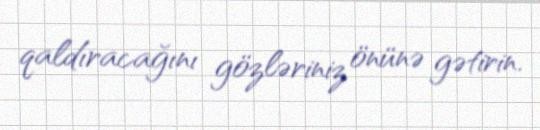
qaldıracağını gözləriniz önünə gətirin.